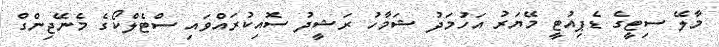
މާލޭ ސިޓީގެ ޑެޕިއުޓީ މޭޔަރު އަހުމަދު ޝަމާހު ރަޝީދު ސޮއިކުރައްވައި ސްޓެލްކޯގެ މެނޭޖިންގް